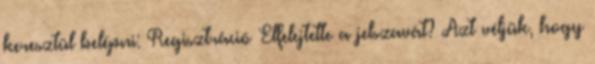
keresztül belépni: Regisztráció Elfelejtette a jelszavát? Azt véljük, hogy